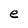
Character: e